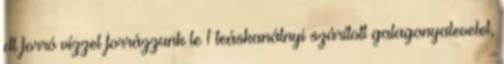
dl forró vízzel forrázzunk le 1 teáskanálnyi szárított galagonyalevelet,